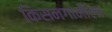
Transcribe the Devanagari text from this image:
किसनगानीला